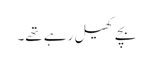
بچے کھیل رہے تھے۔